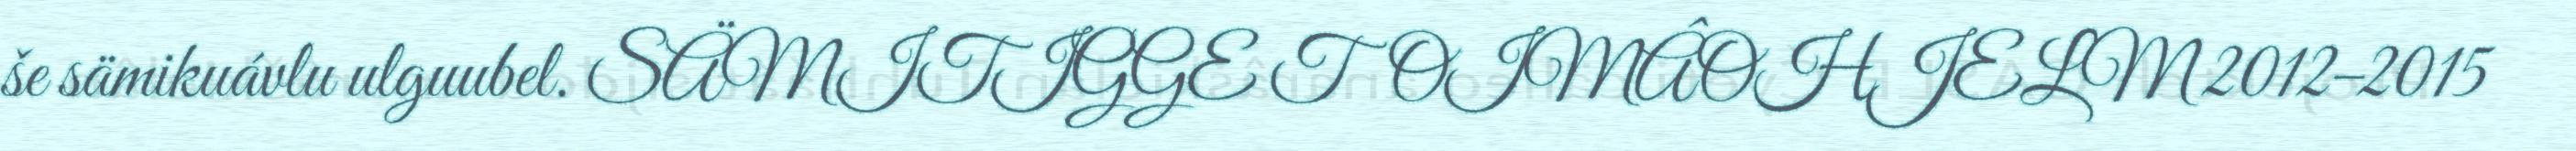
še sämikuávlu ulguubel. SÄMITIGGE TOIMÂOHJELM 2012–2015